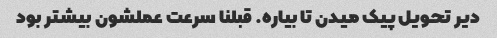
دیر تحویل پیک میدن تا بیاره. قبلنا سرعت عملشون بیشتر بود